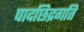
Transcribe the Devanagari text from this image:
पादछिद्रगति